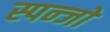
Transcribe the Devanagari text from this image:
स्पन्जों